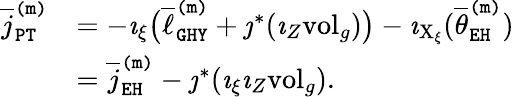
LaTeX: \begin{array}{rl}{\overline{{j}}_{\mathtt{PT}}^{\mathtt{(m)}}}&{=-\imath_{\xi}\big(\overline{{\ell}}_{\mathtt{GHY}}^{\mathtt{(m)}}+\jmath^{*}(\imath_{Z}\mathrm{vol}_{g})\big)-\imath_{\mathrm{X}_{\xi}}(\overline{{\theta}}_{\mathtt{EH}}^{\mathtt{(m)}})}\\ &{=\overline{{j}}_{\mathtt{EH}}^{\mathtt{(m)}}-\jmath^{*}(\imath_{\xi}\imath_{Z}\mathrm{vol}_{g}).}\end{array}